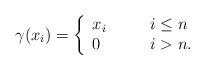
LaTeX: \begin{align*}\gamma(x_i)=\left\{\begin{array}{lcl}x_i&\quad&i\leq n\\0&\quad&i> n.\end{array}\right.\end{align*}